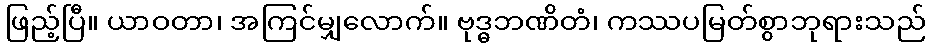
ဖြည့်ပြီ။ ယာဝတာ၊ အကြင်မျှလောက်။ ဗုဒ္ဓဘဏိတံ၊ ကဿပမြတ်စွာဘုရားသည်